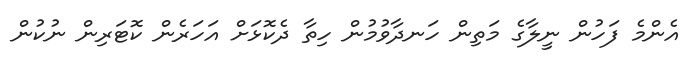
އެންމެ ފަހުން ނީލާގެ މަތިން ހަނދާވުމުން ހިތާ ދެކޮޅަށް އަހަރެން ކޮޓަރިން ނުކުން